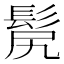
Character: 𩬜